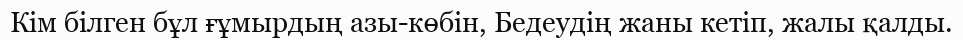
Кім білген бұл ғұмырдың азы-көбін, Бедеудің жаны кетіп, жалы қалды.